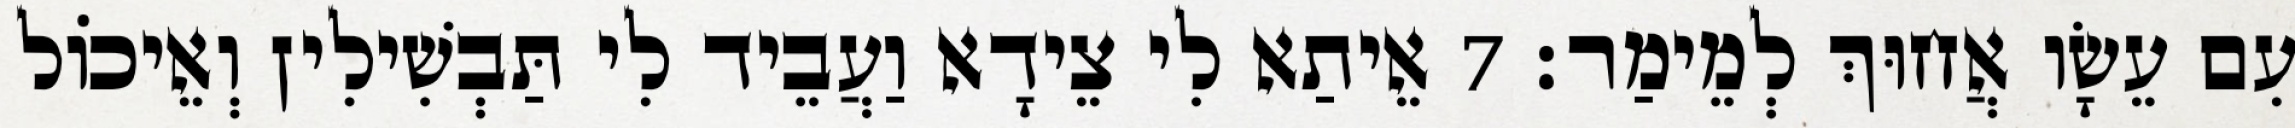
עִם עֵשָׂו אֲחוּךְ לְמֵימַר׃ 7 אֵיתַא לִי צֵידָא וַעֲבֵיד לִי תַּבְשִׁילִין וְאֵיכוֹל